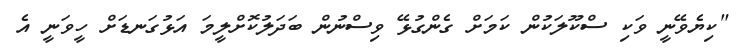
"ކިޔެވޭނީ ވަކި ސްކޫލަކުން ކަމަށް ގެންގުޅޭ ވިސްނުން ބަދަލުކޮށްލީމަ އަޅުގަނޑަށް ހީވަނީ އެ